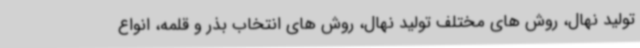
تولید نهال، روش های مختلف تولید نهال، روش های انتخاب بذر و قلمه، انواع